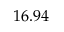
1 6 . 9 4 \